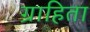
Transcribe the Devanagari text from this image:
ग्राहिता